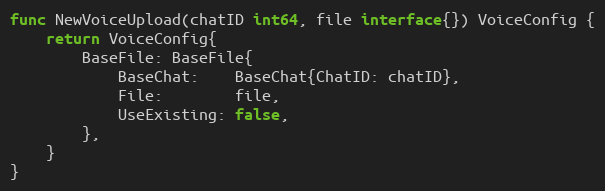
Language: Go
func NewVoiceUpload(chatID int64, file interface{}) VoiceConfig {
	return VoiceConfig{
		BaseFile: BaseFile{
			BaseChat:    BaseChat{ChatID: chatID},
			File:        file,
			UseExisting: false,
		},
	}
}